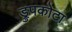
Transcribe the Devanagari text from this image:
ड्रुपकोटा